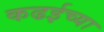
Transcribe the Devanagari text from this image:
कढईच्या